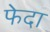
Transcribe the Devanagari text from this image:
फेदा